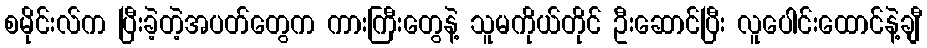
စမိုင်းလ်က ပြီးခဲ့တဲ့အပတ်တွေက ကားကြီးတွေနဲ့ သူမကိုယ်တိုင် ဦးဆောင်ပြီး လူပေါင်းထောင်နဲ့ချီ